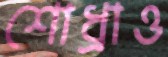
শোধ্‌রাও